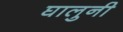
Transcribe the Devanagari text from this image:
घालुनी